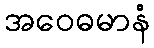
အဝေဓမာနံ